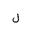
Letter: _lam